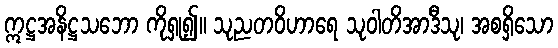
ဣဋ္ဌအနိဋ္ဌသဘော ကိုရှု၍။ သုညတဝိဟာရေ သုဝါတိအာဒီသု၊ အစရှိသော